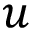
u